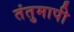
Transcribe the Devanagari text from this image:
तंतुमापी